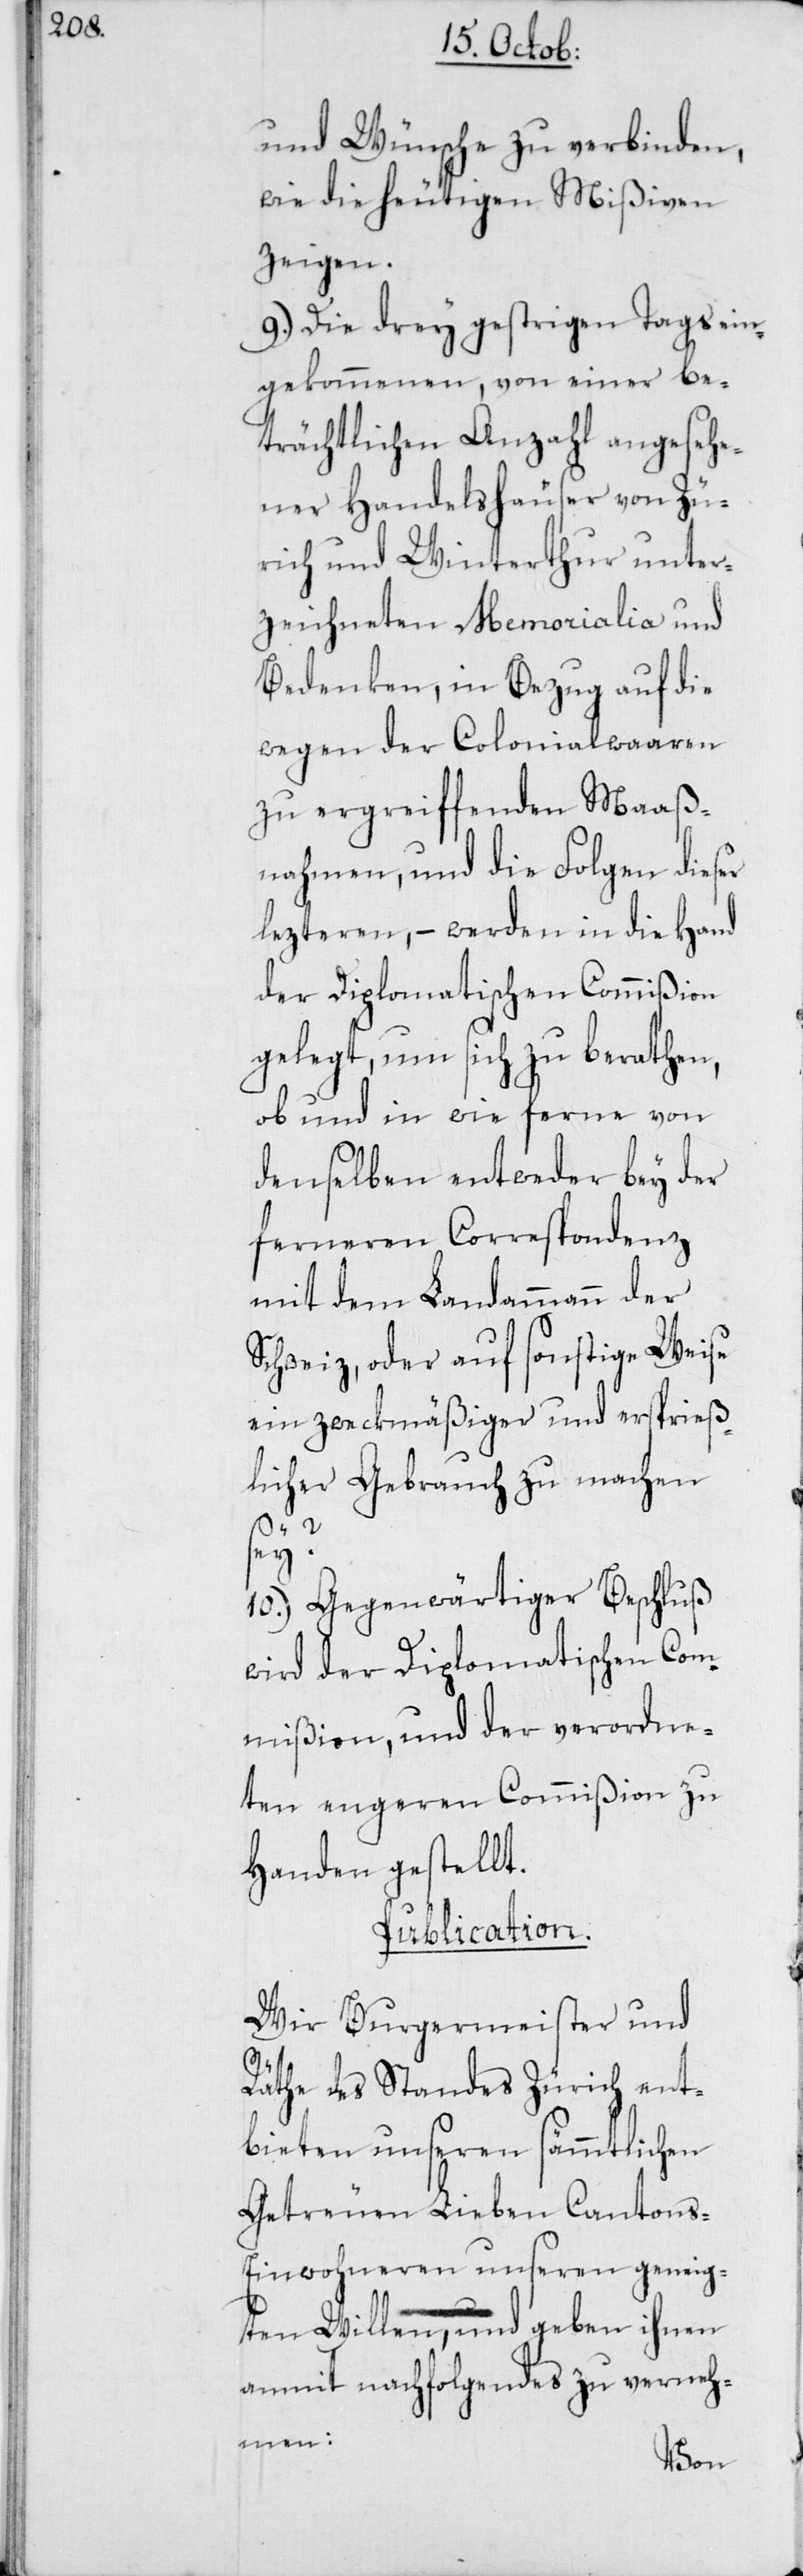
und Wünsche zu verbinden,
wie die heutigen Mißiven
zeigen.
9. Die drey gestrigen Tags ein¬
gekommenen, von einer be¬
trächtlichen Anzahl angesehe¬
ner Handelshäuser von Zü¬
rich und Winterthur unter¬
zeichneten Memorialia und
Bedenken, in Bezug auf die
wegen der Colonialwaaren
zu ergreiffenden Maaß¬
nahmen, und die Folgen dieser
letzteren, – werden in die Hand
der Diplomatischen Commißion
gelegt, um sich zu berathen,
ob und in wie ferne von
denselben entweder bey der
ferneren Correspondenz
mit dem Landammann der
Schweiz, oder auf sonstige Weise
ein zweckmäßiger und ersprieß¬
licher Gebrauch zu machen
sey?
10. Gegenwärtiger Beschluß
wird der Diplomatischen Com¬
mißion, und der verordne¬
ten engeren Commißion zu
Handen gestellt.
Publication.
Wir Burgermeister und
Räthe des Standes Zürich ent¬
bieten unseren sämmtlichen
Getreuen Lieben Canton¬
s-Einwohneren unseren geneig¬
ten Willen, und geben ihnen
anmit nachfolgendes zu verneh¬
men: